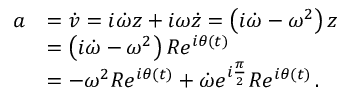
{ \begin{array} { r l } { a } & { = { \dot { v } } = i { \dot { \omega } } z + i \omega { \dot { z } } = \left( i { \dot { \omega } } - \omega ^ { 2 } \right) z } \\ & { = \left( i { \dot { \omega } } - \omega ^ { 2 } \right) R e ^ { i \theta ( t ) } } \\ & { = - \omega ^ { 2 } R e ^ { i \theta ( t ) } + { \dot { \omega } } e ^ { i { \frac { \pi } { 2 } } } R e ^ { i \theta ( t ) } \, . } \end{array} }